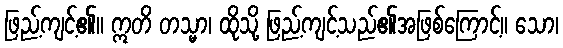
ဖြည့်ကျင့်၏။ ဣတိ တသ္မာ၊ ထိုသို့ ဖြည့်ကျင့်သည်၏အဖြစ်ကြောင့်။ သော၊